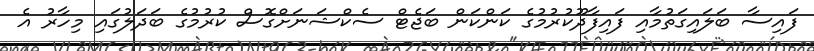
ފައިސާ ބަލައިގަތުމާއި ފައިފާދޫކުރުމުގެ ކަންކަން ބަޖެޓް ސެކްޝަނަށްގޮސް ކުރުމުގެ ބަދަލުގައި މިހާރު އެ